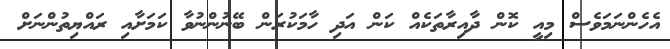
އެހެންނަމަވެސް މިއީ ކޮން ދާއިރާތަކެއް ކަން އަދި ހާމަކުރަން ބޭނުންނުވާ ކަމަށާއި ރައްޔިތުންނަށް